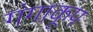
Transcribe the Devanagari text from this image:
गंगाकूप